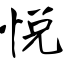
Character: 悦